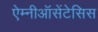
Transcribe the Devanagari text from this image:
ऐम्नीऑसेंटेसिस